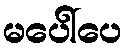
မပေါ်ပေ